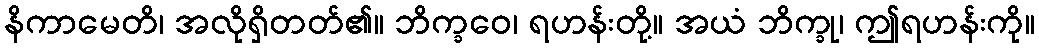
နိကာမေတိ၊ အလိုရှိတတ်၏။ ဘိက္ခဝေ၊ ရဟန်းတို့။ အယံ ဘိက္ခု၊ ဤရဟန်းကို။